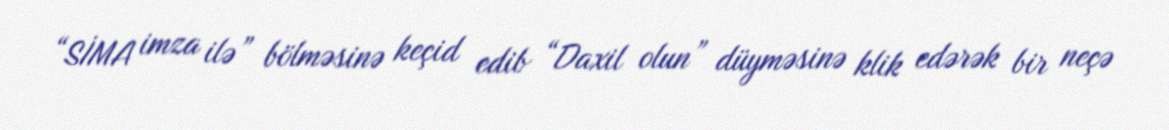
“SİMA imza ilə” bölməsinə keçid edib “Daxil olun” düyməsinə klik edərək bir neçə